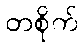
တစိုက်